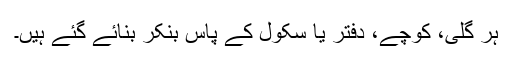
ہر گلی، کوچے، دفتر یا سکول کے پاس بنکر بنائے گئے ہیں۔